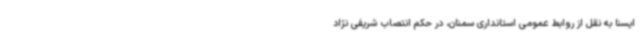
ایسنا به نقل از روابط عمومی استانداری سمنان، در حکم انتصاب شریفی نژاد